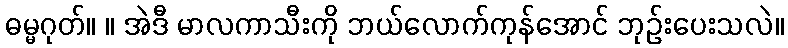
ဓမ္မဂုတ်။ ။ အဲဒီ မာလကာသီးကို ဘယ်လောက်ကုန်အောင် ဘုဉ်းပေးသလဲ။